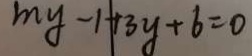
m y - 1 + 3 y + 6 = 0